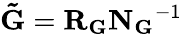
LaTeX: \mathbf{\tilde{G}}=\mathbf{R_{G}}\mathbf{N_{G}}^{-1}